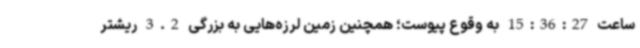
ساعت 15:36:27 به وقوع پیوست؛ همچنین زمین لرزه‌هایی به بزرگی 3.2 ریشتر